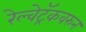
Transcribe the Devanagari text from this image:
रेल्वेट्रॅकवरुन